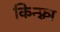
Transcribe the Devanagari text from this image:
किन्फ़्रा